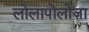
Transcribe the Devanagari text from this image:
लोलापोलोज़ा